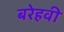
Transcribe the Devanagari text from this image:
बरेहवी